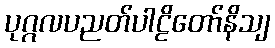
ပုဂ္ဂလပညတ်ပါဠိတော်နိသျ